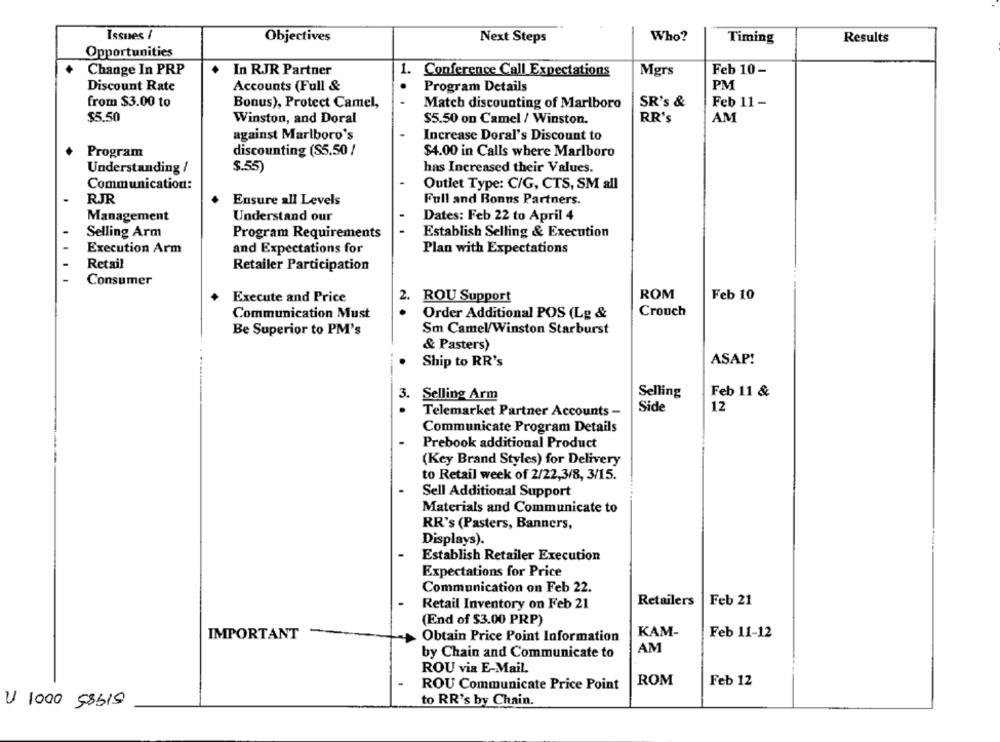
Issues /
Who?
Objectives
Next Steps
Timing
Results
Opportunities
Change In PRP
In RJR Partner
1. Conference Call Expectations
Mgrs
Feb 10-
Discount Rate
Accounts (Full &
..
Program Details
PM
from $3.00 to
Bonus), Protect Camel,
SR's &
Feb 11 -
Match discounting of Marlboro
$5.50
RR's
AM
Winston, and Doral
$5.50 on Camel / Winston.
against Marlboro's
Increase Doral's Discount to
Program
discounting (S5.50 /
$4.00 in Calls where Marlboro
Understanding /
$.55
has Increased their Values.
Communication:
Outlet Type: C/G, CTS, SM all
RJR
Full and Ronns Partners.
Ensure all Levels
Management
Understand our
Dates: Feb 22 to April 4
Selling Arm
Program Requirements
Establish Selling & Execution
Execution Arm
and Expectations for
Plan with Expectations
Retail
Retailer Participation
Consumer
2.
ROM
Feb 10
Execute and Price
ROU Support
Crouch
Communication Must
.
Order Additional POS (Lg &
Be Superior to PM's
Sm Camel/Winston Starburst
& Pasters)
Ship to RR's
ASAP!
Selling
Feb 11 &
3.
Selling Arm
Side
12
Telemarket Partner Accounts -
Communicate Program Details
Prebook additional Product
(Key Brand Styles) for Delivery
to Retail week of 2/22,3/8, 3/15.
Sell Additional Support
Materials and Communicate to
RR's (Pasters, Banners,
Displays).
Establish Retailer Execution
Expectations for Price
Communication on Feb 22.
Retailers
Feb 21
Retail Inventory on Feb 21
(End of $3.00 PRP)
KAM-
IMPORTANT
Obtain Price Point Information
Feb 11-12
AM
by Chain and Communicate to
ROU via E-Mail.
ROM
Feb 12
ROU Communicate Price Point
U 1000 58519
to RR's by Chain.